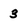
Character: 3